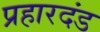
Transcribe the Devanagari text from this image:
प्रहारदंड